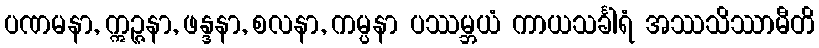
ပဏမနာ, ဣဉ္ဇနာ, ဖန္ဒနာ, စလနာ, ကမ္ပနာ ပဿမ္ဘယံ ကာယသင်္ခါရံ အဿသိဿာမီတိ